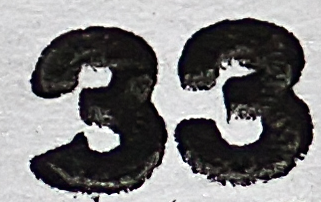
33